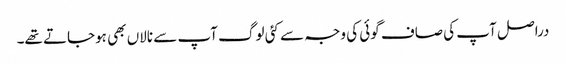
دراصل آپ کی صاف گوئی کی وجہ سے کئی لوگ آپ سے نالاں بھی ہوجاتے تھے۔